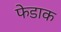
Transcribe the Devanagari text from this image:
फेडाक